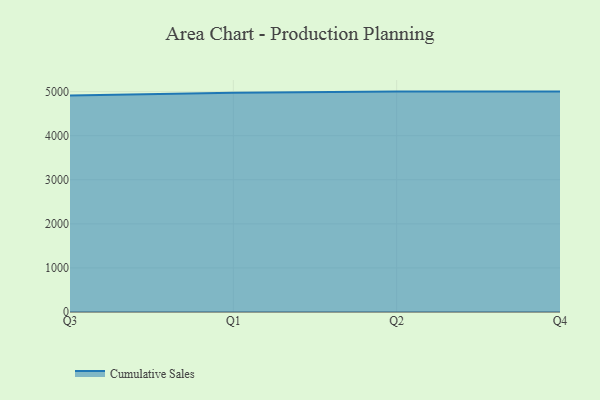
{"axis": {"x": "Quarter", "y": "Operating Costs (USD K)"}, "legend": ["Cumulative Sales"], "data": [{"x": "Q3", "y": 4912.9, "type": "Cumulative Sales"}, {"x": "Q1", "y": 4973.3, "type": "Cumulative Sales"}, {"x": "Q2", "y": 5000, "type": "Cumulative Sales"}, {"x": "Q4", "y": 5000, "type": "Cumulative Sales"}]}